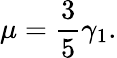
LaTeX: \mu=\frac{3}{5}\gamma_{1}.